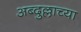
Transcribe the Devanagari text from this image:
अब्दुल्लाच्या